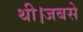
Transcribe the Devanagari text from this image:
थी।जबसे